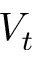
V _ { t }